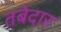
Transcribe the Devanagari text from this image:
तबेदार